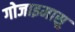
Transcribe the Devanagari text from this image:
गोजाइमासु